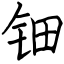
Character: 钿